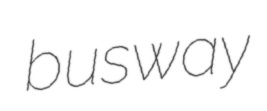
busway